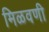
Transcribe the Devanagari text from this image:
मिळवणी